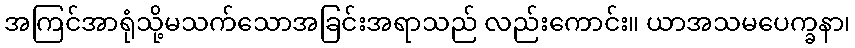
အကြင်အာရုံသို့မသက်သောအခြင်းအရာသည် လည်းကောင်း။ ယာအသမပေက္ခနာ၊